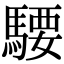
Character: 騕